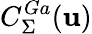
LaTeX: C_{\Sigma}^{Ga}(\textbf{u})